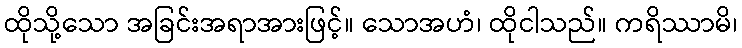
ထိုသို့သော အခြင်းအရာအားဖြင့်။ သောအဟံ၊ ထိုငါသည်။ ကရိဿာမိ၊